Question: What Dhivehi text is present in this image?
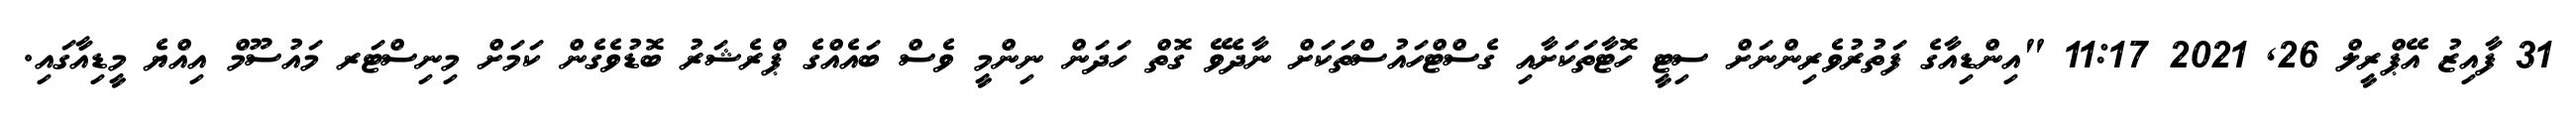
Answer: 31 ފާއިޒު އޭޕްރީލް 26, 2021 11:17 "އިންޑިއާގެ ފަތުރުވެރިންނަށް ސިޓީ ހޮޓާތަކަށާއި ގެސްޓްހައުސްތަކަށް ނާދެވޭ ގޮތް ހަދަން ނިންމީ ވެސް ބައެއްގެ ޕްރެޝަރު ބޮޑުވެގެން ކަމަށް މިނިސްޓަރ މައުސޫމް އިއްޔެ މީޑިއާގައި.